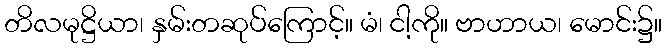
တိလမုဋ္ဌိယာ၊ နှမ်းတဆုပ်ကြောင့်။ မံ၊ ငါ့ကို။ ဗာဟာယ၊ မောင်း၌။